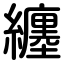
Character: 纏